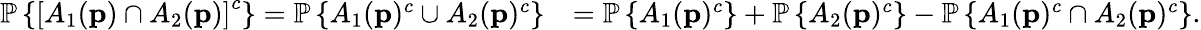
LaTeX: \begin{array}{rl}{\mathbb{P}\left\{ \left[A_{1}(\textbf{p})\cap A_{2}(\textbf{p})\right]^{c}\right\} =\mathbb{P}\left\{ A_{1}(\textbf{p})^{c}\cup A_{2}(\textbf{p})^{c}\right\} }&{=\mathbb{P}\left\{ A_{1}(\textbf{p})^{c}\right\} +\mathbb{P}\left\{ A_{2}(\textbf{p})^{c}\right\} -\mathbb{P}\left\{ A_{1}(\textbf{p})^{c}\cap A_{2}(\textbf{p})^{c}\right\} .}\end{array}